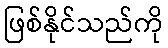
ဖြစ်နိုင်သည်ကို